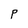
Character: P